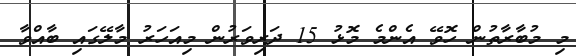
މި މުބާރާތުން ހޮވޭ އެންމެ މޮޅު 15 ދަރިވަރުން މިއަހަރު މާލޭގައި ބާއްވާ